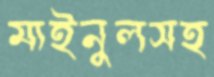
মাইনুলসহ